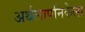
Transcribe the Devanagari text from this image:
अर्थलापनिकेला